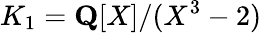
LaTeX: K_{1}=\mathbf{Q}[X]/(X^{3}-2)